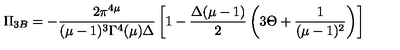
\Pi _ { 3 B } = - \frac { 2 \pi ^ { 4 \mu } } { ( \mu - 1 ) ^ { 3 } \Gamma ^ { 4 } ( \mu ) \Delta } \left[ 1 - \frac { \Delta ( \mu - 1 ) } { 2 } \left( 3 \Theta + \frac { 1 } { ( \mu - 1 ) ^ { 2 } } \right) \right]